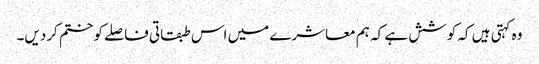
وہ کہتی ہیں کہ کوشش ہے کہ ہم معاشرے میں اس طبقاتی فاصلے کو ختم کردیں۔